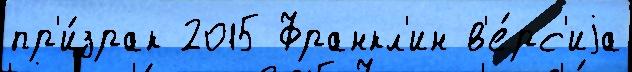
пр'и́зрак 2015 Франкл'ин в'е́рс'иjа